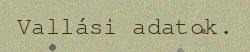
Vallási adatok.